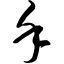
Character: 堇